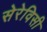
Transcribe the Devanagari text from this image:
सेरेविसी